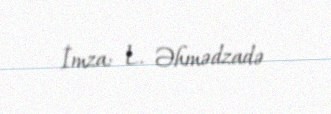
İmza: L. Əhmədzadə